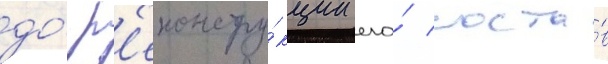
до́ р'еконстру́кции его́ соста́в